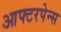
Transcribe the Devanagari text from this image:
आफ्टरपेन्स